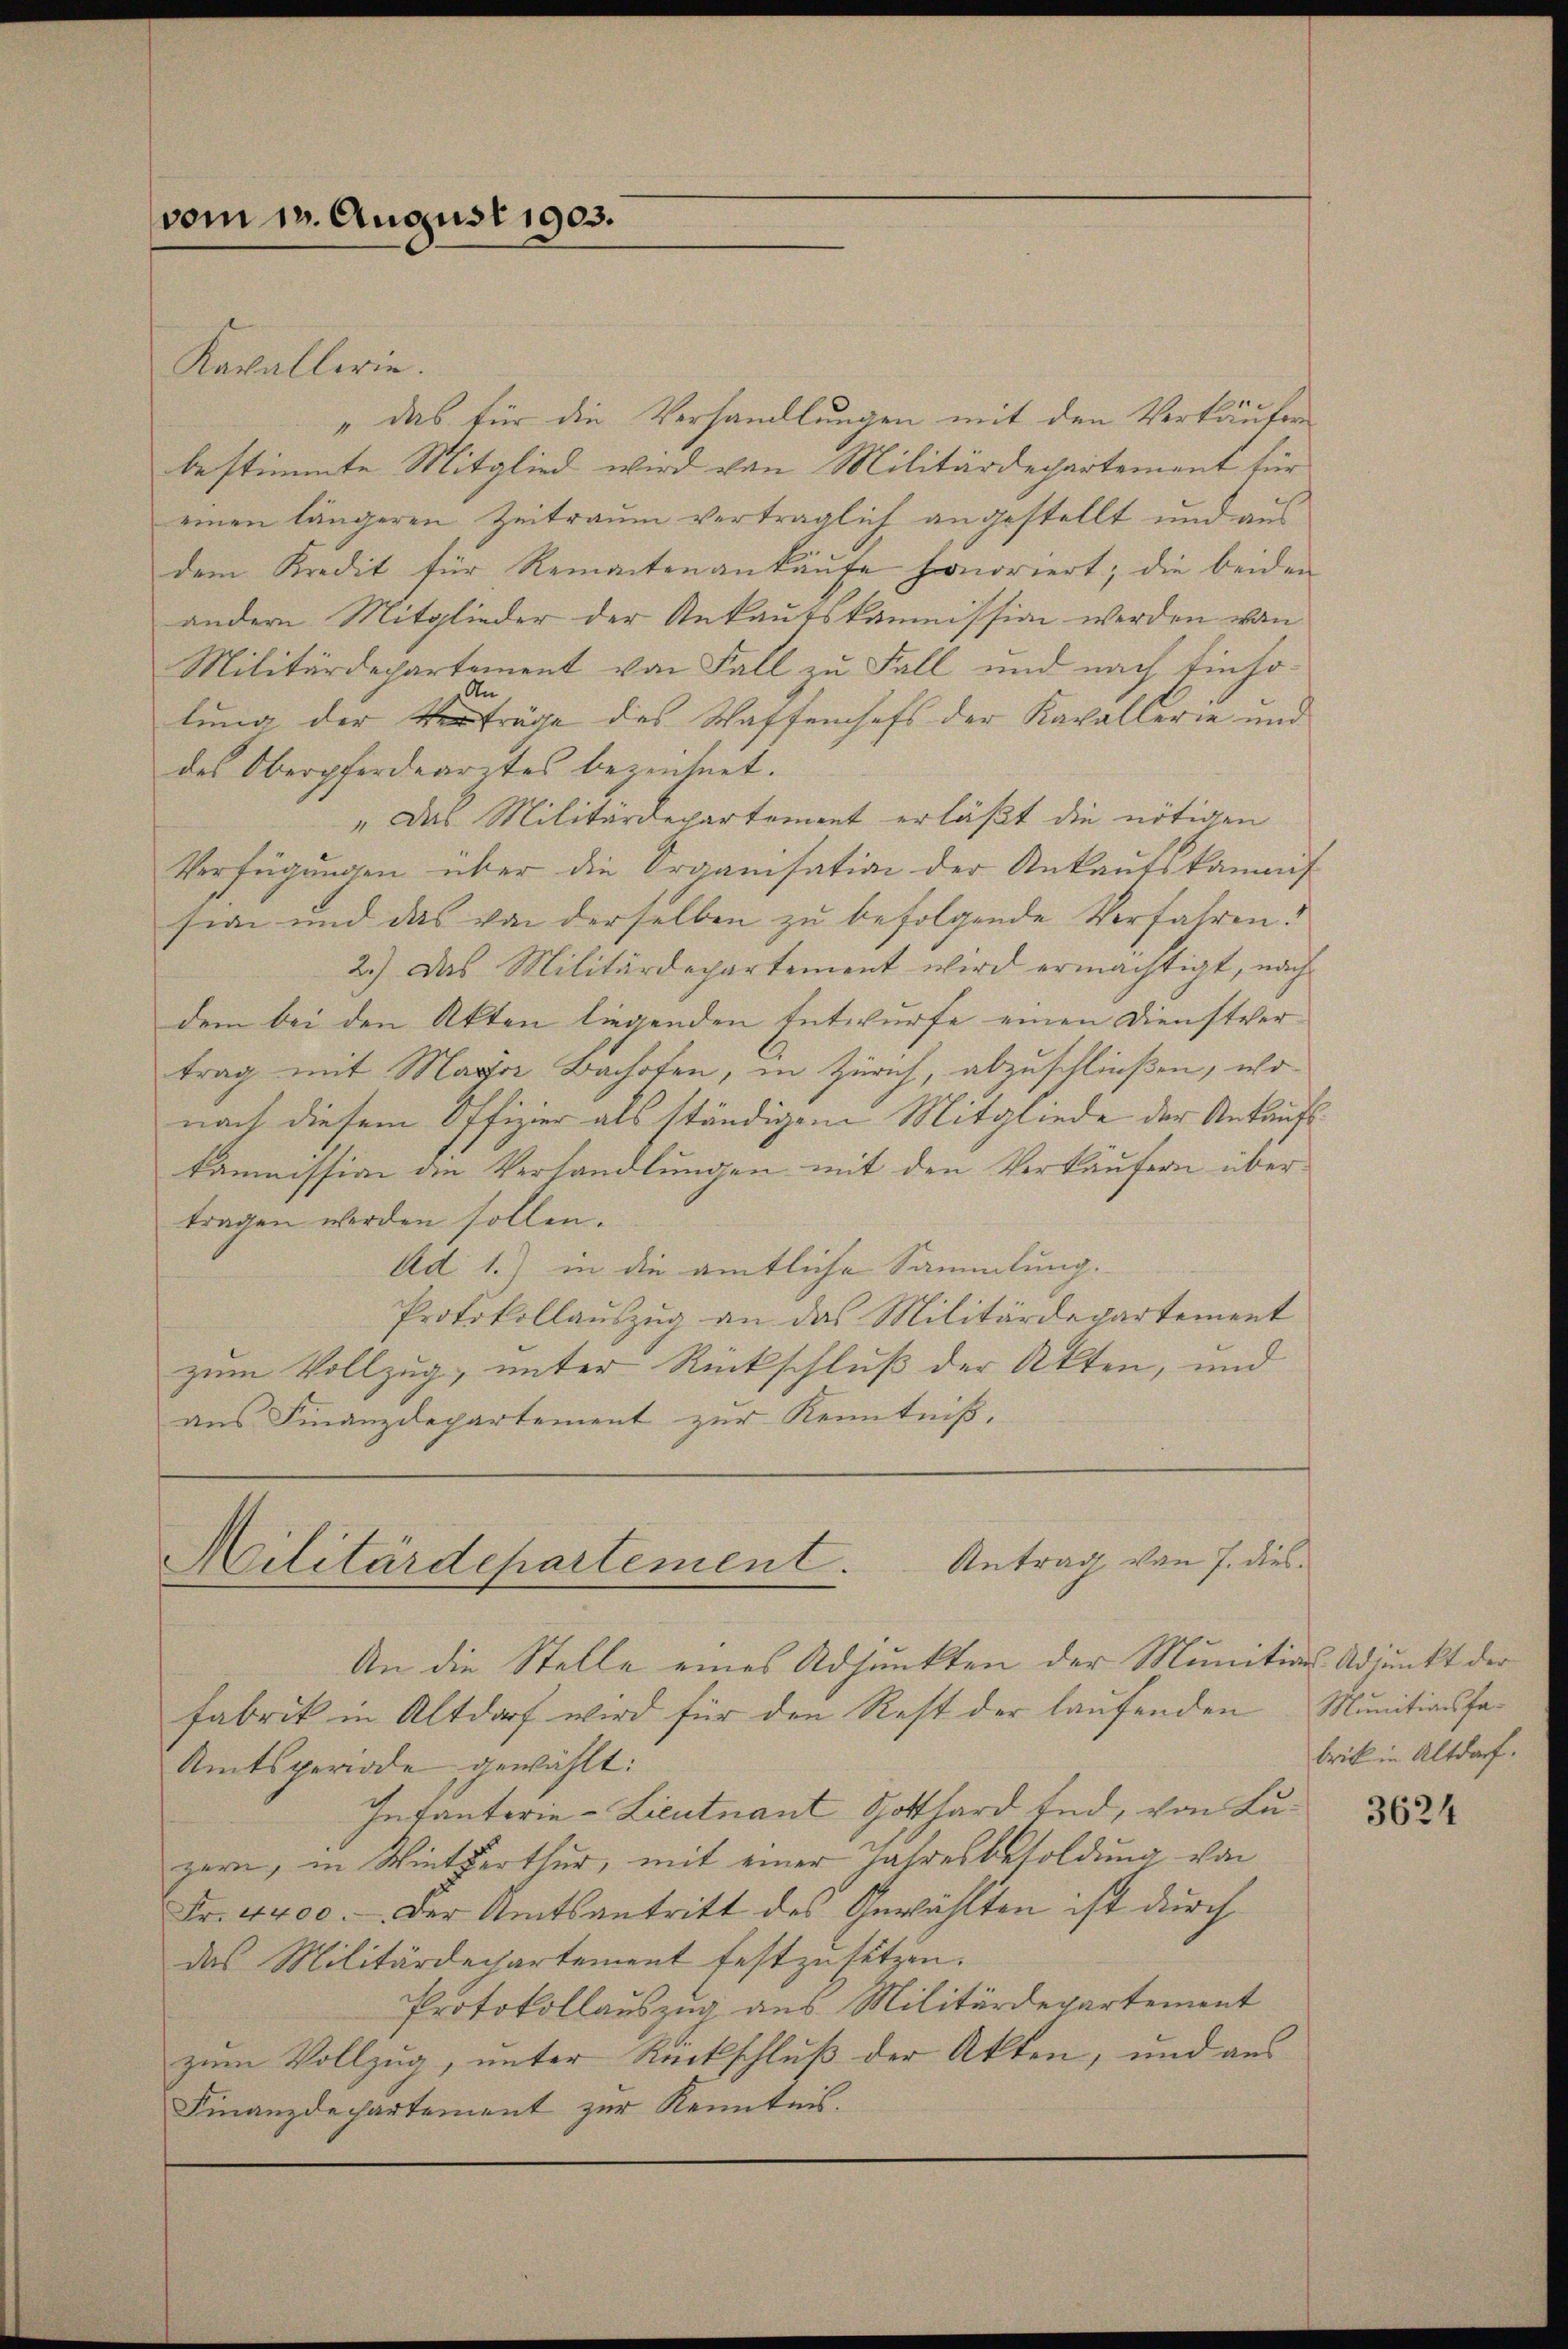
vom 12. August 1903.
Kavallerie.

"das für die Verhandlungen mit den Verkäufen
bestimmte Mitglied wird von Militärdepartement für
einen längeren Zeitraum vertraglich angestellt und aus
dem Kredit für Remanten ankaŭfe honoriert; die beiden
andern Mitglieder der Ankaufskommission werden von
Militärdepartement von Fall zu Fall und nach Einho¬
An
lung der Verträge des Waffenhefs der Kavallerie und
des Oberpferdearztes bezeichnet.
„Das Militärdepartement erläßt die nötigen
Verfügungen über die Organisation der Ankaufskammis
sian und das von derselben zŭ befolgende Verfahren.
2.) Das Militärdepartement wird ermächtigt, nach
dem bei den Akten liegenden Entwurfe einen Dienstvertrag mit Mara Bachofen, in Zürich, abzuschließen, wonach diesem Offizier als ständigem Mitgliede der Ankaufs
kommission den Verhandlungen mit den Verkäufern über
tragen werden sollen.
Ad 1.) in die amtliche Sammlung.
Protokollauszug an das Militärdepartement
zum Vollzug, unter Rückschluß der Akten, und
aus Finanzdepartement zur Kenntniß.

Militärdepartement. Antrag von 7. dies
An die Stelle eines Adjunkten der Munitions-Adjunkt der

Fabrik in Altdorf wird für den Rest der laufenden
Amtsperiode gewählt:
Infanterie-Lieutnant Gotthard End, von Luzern, in Winterthur, mit einer Jahresbesoldung von
Fr. 4400. Der Amtsantritt des Gewählten ist durch
das Militärdechartement festzusetzen.
Protokollauszug aus Militärdepartement
zum Vollzug, unter Rückschluß der Akten, und aus
Finanzdepartement zur Kenntnis.

Munitionsfabrik in Altdorf.

3624